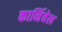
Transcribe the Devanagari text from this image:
कार्निवेल